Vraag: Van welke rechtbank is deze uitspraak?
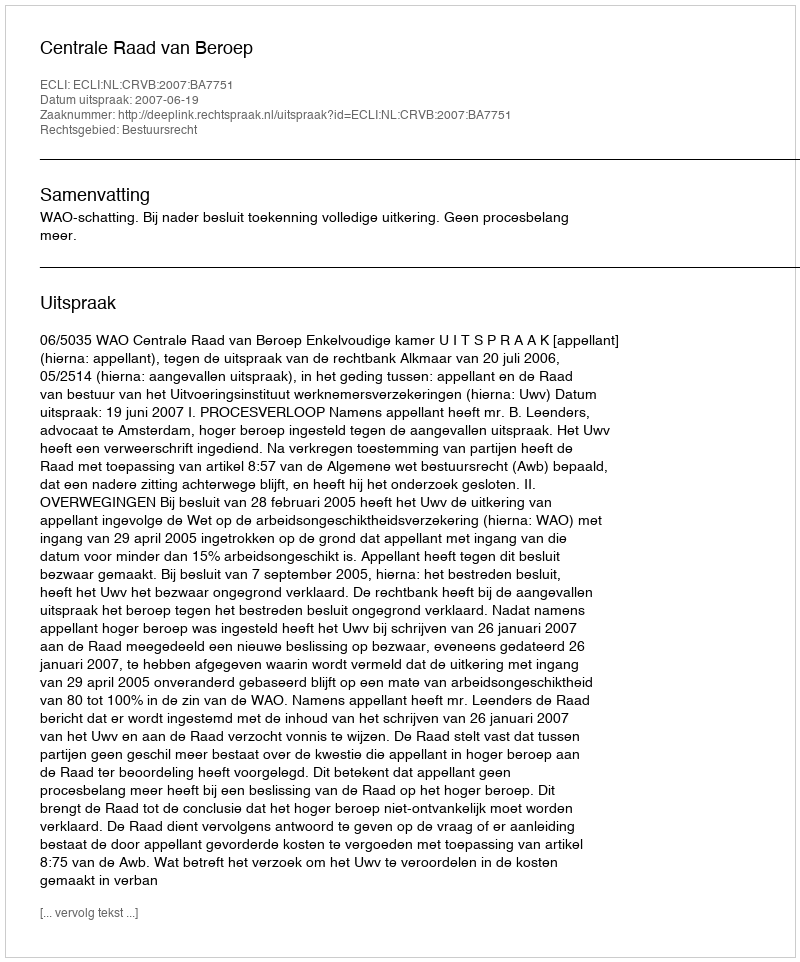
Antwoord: Centrale Raad van Beroep